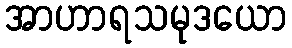
အာဟာရသမုဒယော